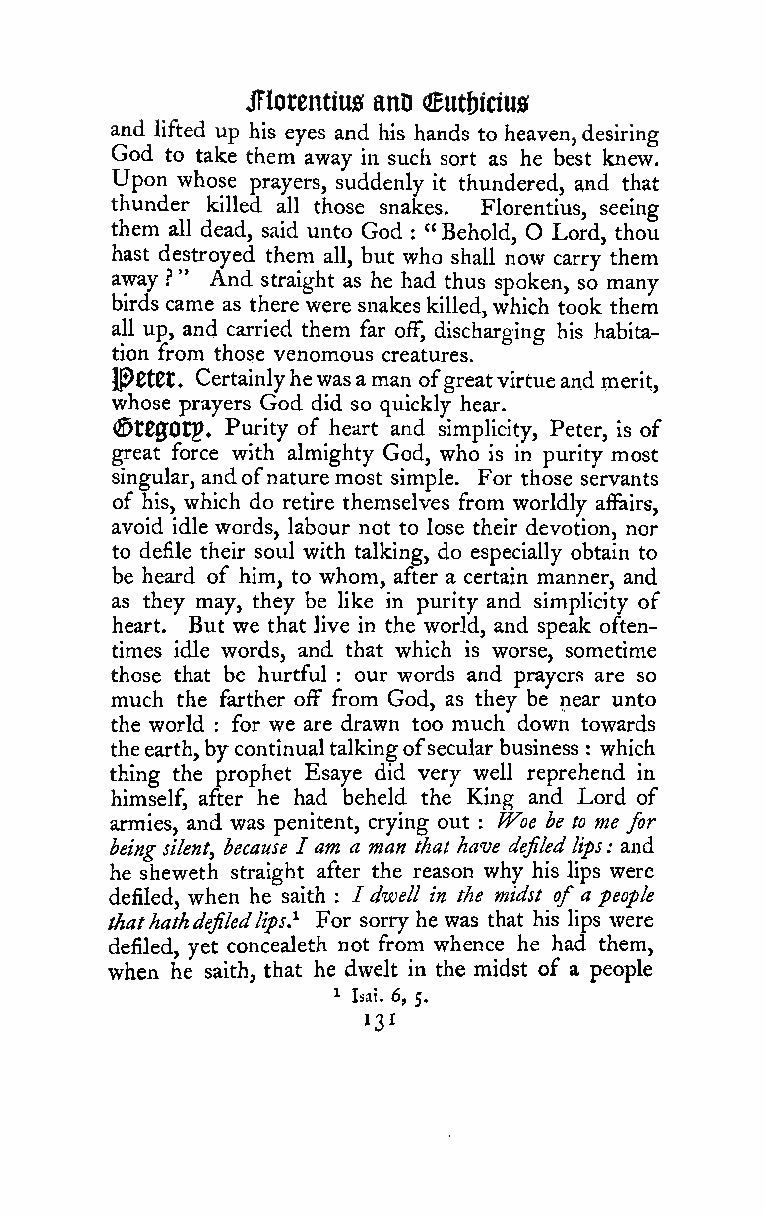
JFlorentius anD (!Butf)irius
 and lifted up his eyes and his hands to heaven,desiring
 God to take them away in such sort as he best knew.
 Upon whose prayers, suddenly it thundered, and that
 thunder killed all those snakes. Florentius, seeing
 them all dead, said unto God "Behold, O Lord, thou
 :
 hast destroyed them all, but who shall now carry them
 away } " And straight as he had thus spoken, so many
 birds came as there were snakes killed,which took them
 all up, and carried them far off, discharging his habita-
 tion from those venomous creatures.
 Ip0t0t. Certainlyhewasaman ofgreatvirtueand merit,
 whose prayers God did so quickly hear.
 (S)t0ffOtp. Purity of heart and simplicity, Peter, is of
 great force with almighty God, who is in purity most
 singular, andofnature most simple. For those servants
 of his, which do retire themselves from worldly affairs,
 avoid idle words, labour not to lose their devotion, nor
 to defile their soul with talking, do especially obtain to
 be heard of him, to whom, after a certain manner, and
 as they may, they be like in purity and simplicity of
 heart. But we that live in the world, and speak often-
 times idle words, and that which is worse, sometime
 those that be hurtful our words and prayers are so
 :
 much the farther off from God, as they be near unto
 the world for we are drawn too much down towards
 :
 theearth,bycontinualtalkingofsecular business which
 :
 thing the prophet Esaye did very well reprehend in
 himself, after he had beheld the King and Lord of
 armies, and was penitent, crying out : Woe be to me for
 being silent, because I am a man that have defiledlips: and
 he sheweth straight after the reason why his lips were
 defiled, when he saith : /dwell in the midst of a people
 thathathdefiledlips} For sorry he was that his lips were
 defiled, yet concealeth not from whence he had them,
 when he saith, that he dwelt in the midst of a people
 1 Isai. 6, 5.
 131